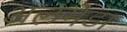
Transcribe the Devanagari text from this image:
अलमेडा